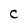
Character: C